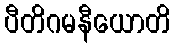
ပီတိဂမနီယောတိ